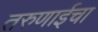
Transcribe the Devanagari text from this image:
तरुणाईचा